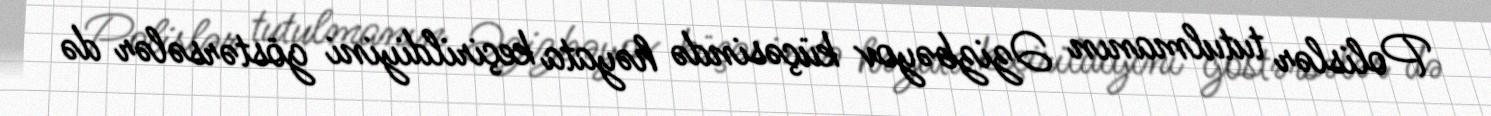
Polislər tutulmanın Əzizbəyov küçəsində həyata keçirildiyini göstərsələr də